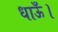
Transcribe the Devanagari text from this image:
धाऊँ।